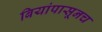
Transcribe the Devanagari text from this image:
बियांपासूनच